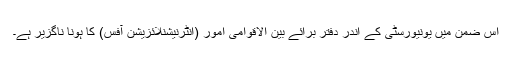
اس ضمن میں یونیورسٹی کے اندر دفتر برائے بین الاقوامی امور (انٹرنیشنلائزیشن آفس) کا ہونا ناگزیر ہے۔